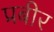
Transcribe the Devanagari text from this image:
प्रबीर